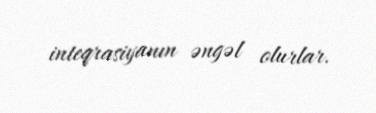
inteqrasiyanın əngəl olurlar.